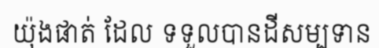
យ៉ុងផាត់ ដែល ទទួលបានដីសម្បទាន